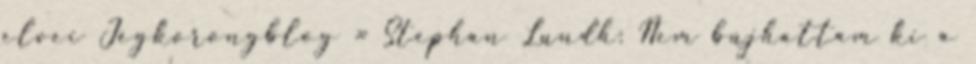
elvei Jégkorongblog » Stephan Lundh: Nem bújhattam ki a